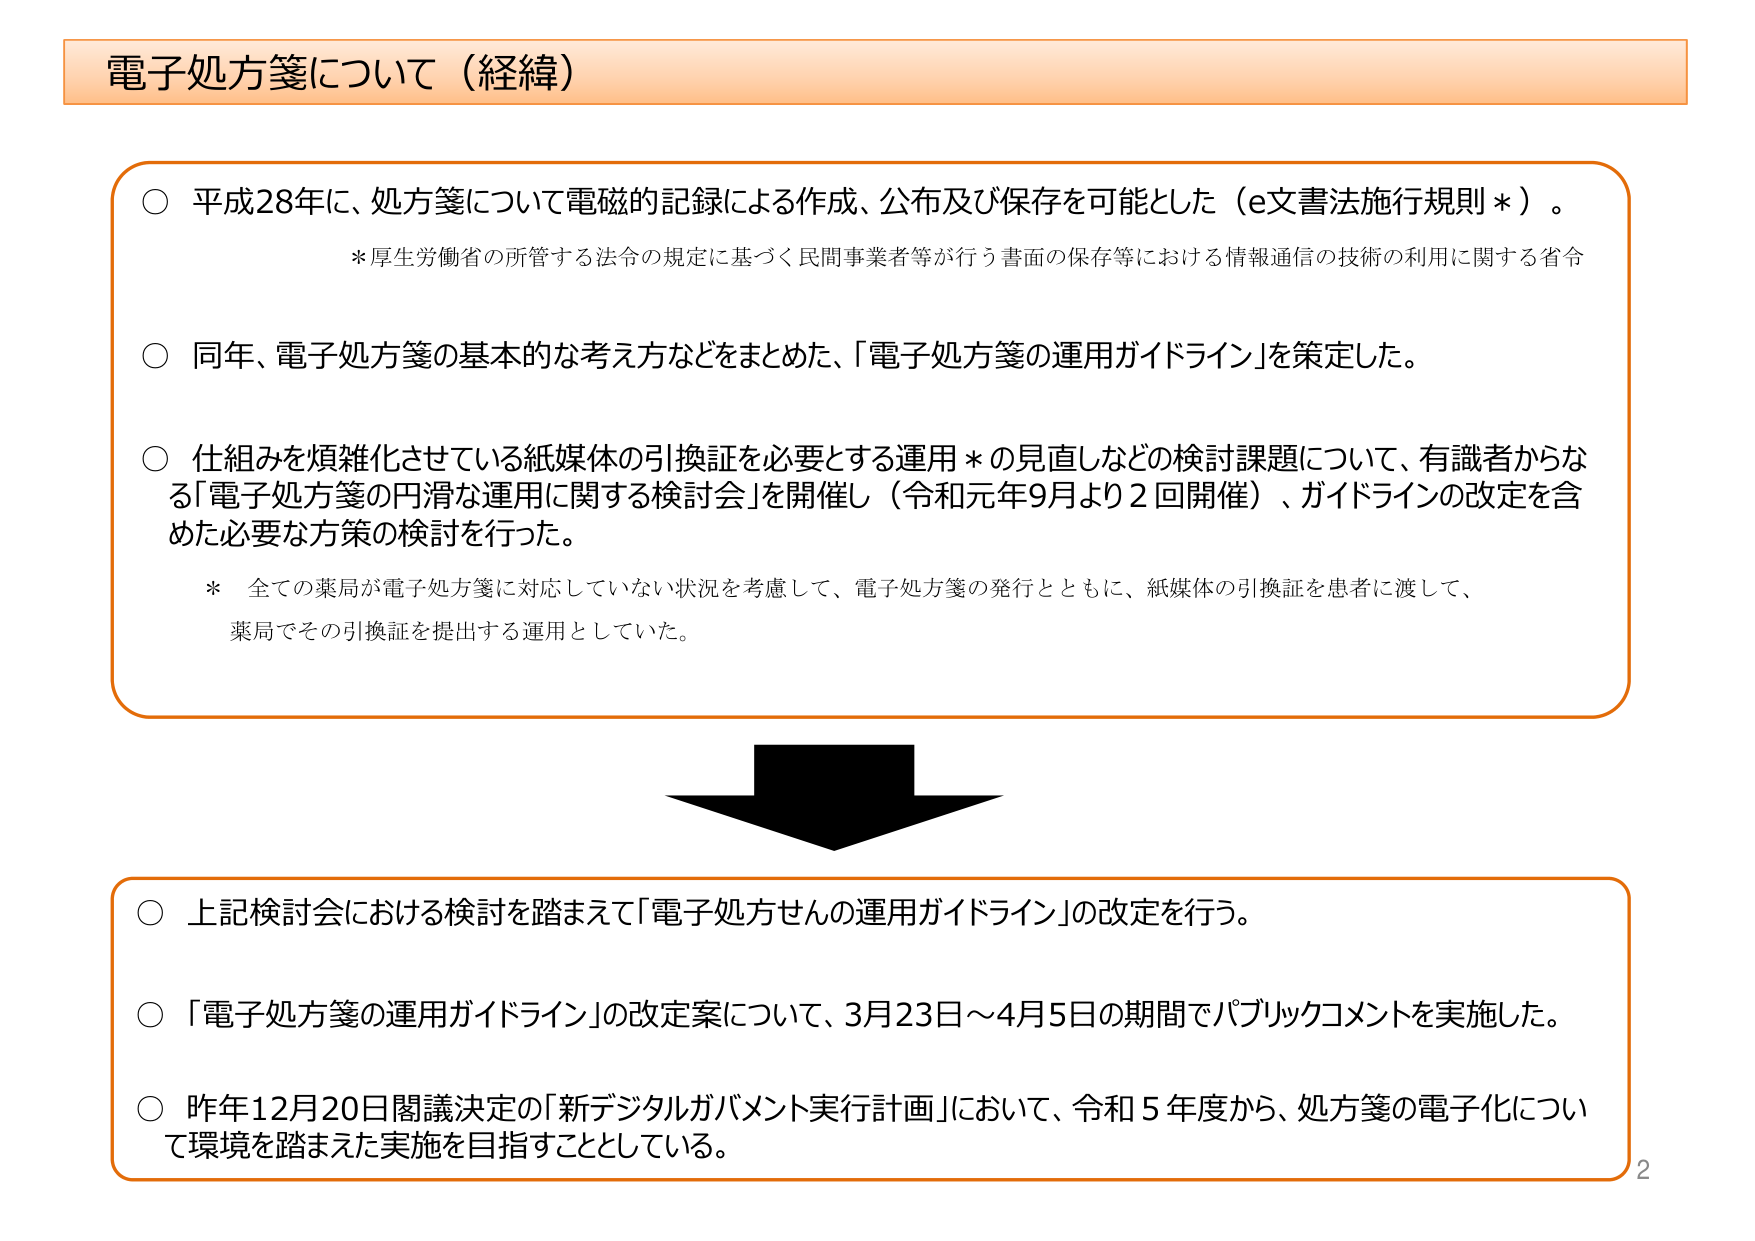
電子処方箋について（経緯）

○ 平成28年に、処方箋について電磁的記録による作成、公布及び保存を可能とした（e文書法施行規則＊）。
　＊厚生労働省の所管する法令の規定に基づく民間事業者等が行う書面の保存等における情報通信の技術の利用に関する省令

○ 同年、電子処方箋の基本的な考え方などをまとめた、「電子処方箋の運用ガイドライン」を策定した。

○ 仕組みを煩雑化させている紙媒体の引換証を必要とする運用＊の見直しなどの検討課題について、有識者からなる「電子処方箋の円滑な運用に関する検討会」を開催し（令和元年9月より2回開催）、ガイドラインの改定を含めた必要な方策の検討を行った。
　＊ 全ての薬局が電子処方箋に対応していない状況を考慮して、電子処方箋の発行とともに、紙媒体の引換証を患者に渡して、
　　薬局でその引換証を提出する運用としていた。

○ 上記検討会における検討を踏まえて「電子処方せんの運用ガイドライン」の改定を行う。

○ 「電子処方箋の運用ガイドライン」の改定案について、3月23日～4月5日の期間でパブリックコメントを実施した。

○ 昨年12月20日閣議決定の「新デジタルガバメント実行計画」において、令和5年度から、処方箋の電子化について環境を踏まえた実施を目指すこととしている。

2